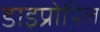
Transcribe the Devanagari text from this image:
डाइप्रोपिल